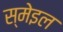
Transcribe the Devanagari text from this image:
स्मेइल